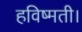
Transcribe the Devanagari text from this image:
हविष्मती।